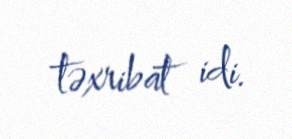
təxribat idi.